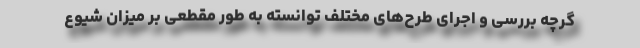
گرچه بررسی و اجرای طرح‌های مختلف توانسته به طور مقطعی بر میزان شیوع